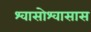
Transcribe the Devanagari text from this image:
श्वासोश्वासास